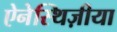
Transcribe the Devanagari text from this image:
ऐनेस्थिज़ीया